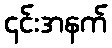
၎င်းအနက်